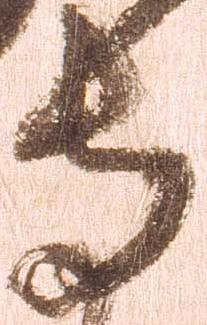
寺